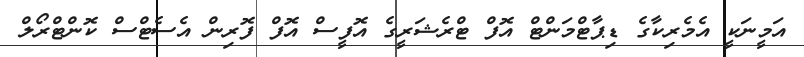
އަމީނަކީ އެމެރިކާގެ ޑިޕާޓްމަންޓް އޮފް ޓްރެޝަރީގެ އޮފީސް އޮފް ފޮރިން އެސެޓްސް ކޮންޓްރޯލް